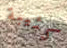
كئيبة